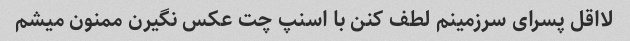
لااقل پسرای سرزمینم لطف کنن با اسنپ چت عکس نگیرن ممنون میشم